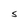
Character: S